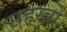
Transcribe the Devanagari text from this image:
सहस्त्रो